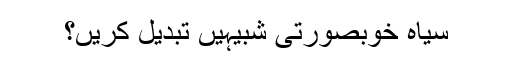
سیاہ خوبصورتی شبیہیں تبدیل کریں؟